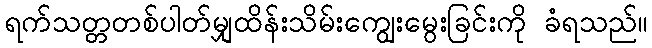
ရက်သတ္တတစ်ပါတ်မျှထိန်းသိမ်းကျွေးမွေးခြင်းကို ခံရသည်။